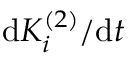
\mathrm { d } K _ { i } ^ { ( 2 ) } / \mathrm { d } t